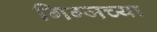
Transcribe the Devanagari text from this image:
गिग्जच्या